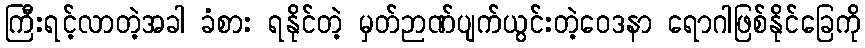
ကြီးရင့်လာတဲ့အခါ ခံစား ရနိုင်တဲ့ မှတ်ဉာဏ်ပျက်ယွင်းတဲ့ဝေဒနာ ရောဂါဖြစ်နိုင်ခြေကို